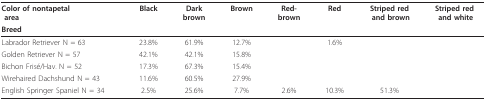
<table><thead><tr><td><b>Color of nontapetal area</b></td><td><b>Black</b></td><td><b>Dark brown</b></td><td><b>Brown</b></td><td><b>Red- brown</b></td><td><b>Red</b></td><td><b>Striped red and brown</b></td><td><b>Striped red and white</b></td></tr><tr><td colspan="8"><b>Breed</b></td></tr></thead><tbody><tr><td>Labrador RetrieverN = 63</td><td>23.8%</td><td>61.9%</td><td>12.7%</td><td></td><td>1.6%</td><td></td><td></td></tr><tr><td>Golden RetrieverN = 57</td><td>42.1%</td><td>42.1%</td><td>15.8%</td><td></td><td></td><td></td><td></td></tr><tr><td>Bichon Frisé/Hav.N = 52</td><td>17.3%</td><td>67.3%</td><td>15.4%</td><td></td><td></td><td></td><td></td></tr><tr><td>Wirehaired DachshundN = 43</td><td>11.6%</td><td>60.5%</td><td>27.9%</td><td></td><td></td><td></td><td></td></tr><tr><td>English Springer SpanielN = 34</td><td>2.5%</td><td>25.6%</td><td>7.7%</td><td>2.6%</td><td>10.3%</td><td>51.3%</td><td></td></tr></tbody></table>